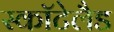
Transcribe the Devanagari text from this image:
स्कॉटेलैड